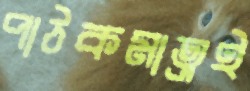
পাঠকমাত্রই